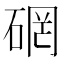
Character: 䃃